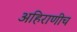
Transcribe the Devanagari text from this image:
अहिराणीच